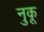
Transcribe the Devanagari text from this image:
नुकू